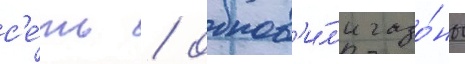
с'е́ть / обнов'и́л'и газо́ны